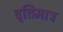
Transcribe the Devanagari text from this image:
वृत्तिमात्र